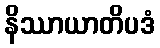
နိဿာယာတိပဒံ